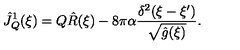
{ \hat { J } _ { Q } ^ { 1 } } ( \xi ) = Q { \hat { R } } ( \xi ) - 8 \pi \alpha { \frac { { \delta ^ { 2 } } ( \xi - \xi ^ { \prime } ) } { \sqrt { \hat { g } ( \xi ) } } } .